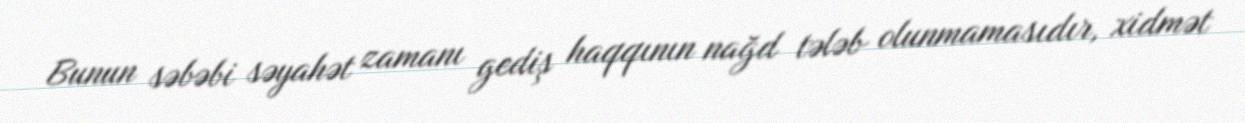
Bunun səbəbi səyahət zamanı gediş haqqının nağd tələb olunmamasıdır, xidmət